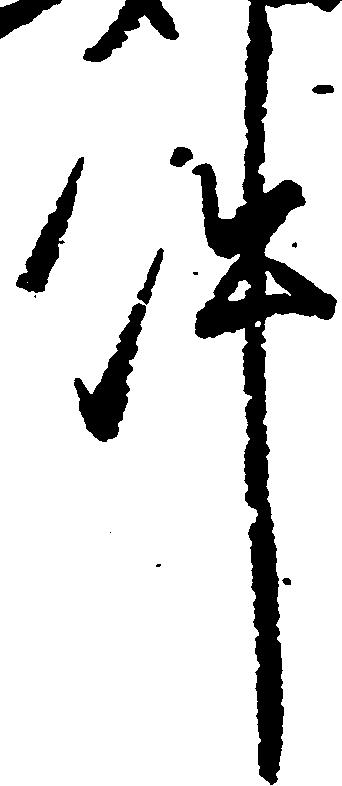
件